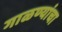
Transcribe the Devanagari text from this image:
गाळण्यांचा